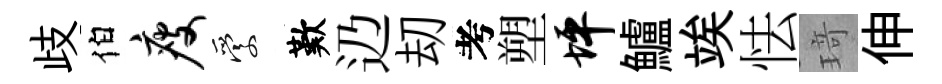
歧伯瘦愛歎辸刧考塑坪鱸竢怯𤦺伸